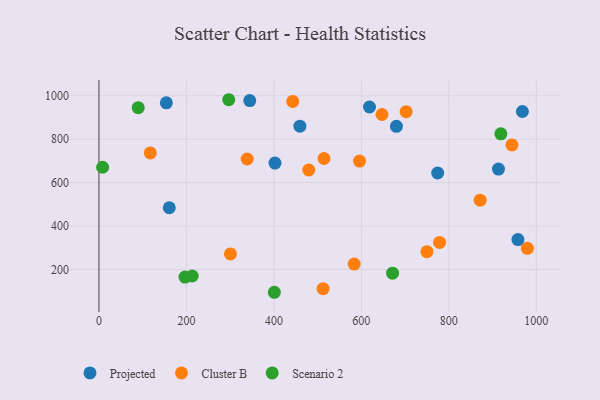
{"axis": {"x": "Speed", "y": "Fuel Efficiency"}, "legend": ["Cluster B", "Projected", "Scenario 2"], "data": [{"x": "160.8", "y": 484.2, "type": "Projected"}, {"x": "680.2", "y": 858.9, "type": "Projected"}, {"x": "154.1", "y": 967.1, "type": "Projected"}, {"x": "344.8", "y": 977.5, "type": "Projected"}, {"x": "958.0", "y": 337.7, "type": "Projected"}, {"x": "618.6", "y": 948.1, "type": "Projected"}, {"x": "913.5", "y": 662.1, "type": "Projected"}, {"x": "968.2", "y": 927.3, "type": "Projected"}, {"x": "774.5", "y": 644.1, "type": "Projected"}, {"x": "402.5", "y": 690.1, "type": "Projected"}, {"x": "459.5", "y": 859.6, "type": "Projected"}, {"x": "944.3", "y": 773.3, "type": "Cluster B"}, {"x": "595.8", "y": 699.3, "type": "Cluster B"}, {"x": "871.6", "y": 518.8, "type": "Cluster B"}, {"x": "300.7", "y": 271.5, "type": "Cluster B"}, {"x": "647.1", "y": 913.5, "type": "Cluster B"}, {"x": "778.8", "y": 324.3, "type": "Cluster B"}, {"x": "479.7", "y": 658.0, "type": "Cluster B"}, {"x": "750.0", "y": 281.8, "type": "Cluster B"}, {"x": "979.6", "y": 297.2, "type": "Cluster B"}, {"x": "512.4", "y": 111.4, "type": "Cluster B"}, {"x": "117.4", "y": 736.5, "type": "Cluster B"}, {"x": "514.7", "y": 711.0, "type": "Cluster B"}, {"x": "443.1", "y": 973.7, "type": "Cluster B"}, {"x": "702.4", "y": 926.8, "type": "Cluster B"}, {"x": "338.9", "y": 708.7, "type": "Cluster B"}, {"x": "583.6", "y": 224.8, "type": "Cluster B"}, {"x": "213.2", "y": 169.9, "type": "Scenario 2"}, {"x": "401.0", "y": 94.9, "type": "Scenario 2"}, {"x": "919.0", "y": 824.7, "type": "Scenario 2"}, {"x": "671.4", "y": 183.0, "type": "Scenario 2"}, {"x": "296.8", "y": 981.6, "type": "Scenario 2"}, {"x": "8.4", "y": 670.6, "type": "Scenario 2"}, {"x": "196.8", "y": 165.1, "type": "Scenario 2"}, {"x": "89.8", "y": 944.9, "type": "Scenario 2"}]}